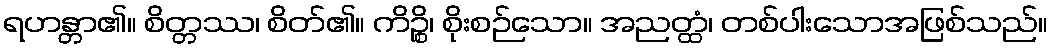
ရဟန္တာ၏။ စိတ္တဿ၊ စိတ်၏။ ကိဉ္စိ၊ စိုးစဉ်သော။ အညတ္ထံ၊ တစ်ပါးသောအဖြစ်သည်။